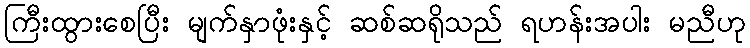
ကြီးထွားစေပြီး မျက်နှာဖုံးနှင့် ဆစ်ဆရိုသည် ရဟန်းအပါး မညီဟု